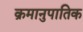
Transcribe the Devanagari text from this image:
क्रमानुपातिक